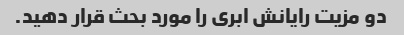
دو مزیت رایانش ابری را مورد بحث قرار دهید.